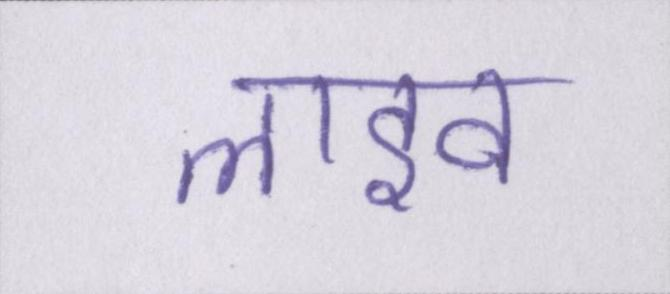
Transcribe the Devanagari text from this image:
लाइव